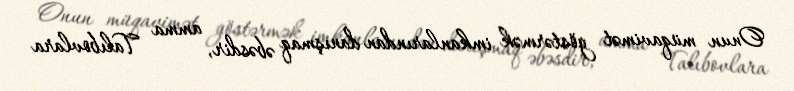
Onun müqavimət göstərmək imkanlarından danışmaq əbəsdir, amma Talıbovlara